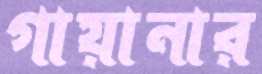
গায়ানার